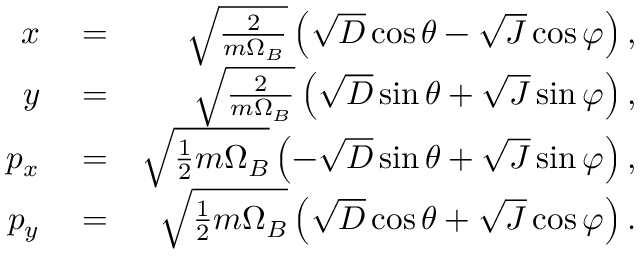
\begin{array} { r l r } { x } & { { } = } & { \sqrt { \frac { 2 } { m \Omega _ { B } } } \left( \sqrt { D } \cos \theta - \sqrt { J } \cos \varphi \right) , } \\ { y } & { { } = } & { \sqrt { \frac { 2 } { m \Omega _ { B } } } \left( \sqrt { D } \sin \theta + \sqrt { J } \sin \varphi \right) , } \\ { p _ { x } } & { { } = } & { \sqrt { \frac { 1 } { 2 } m \Omega _ { B } } \left( - \sqrt { D } \sin \theta + \sqrt { J } \sin \varphi \right) , } \\ { p _ { y } } & { { } = } & { \sqrt { \frac { 1 } { 2 } m \Omega _ { B } } \left( \sqrt { D } \cos \theta + \sqrt { J } \cos \varphi \right) . } \end{array}